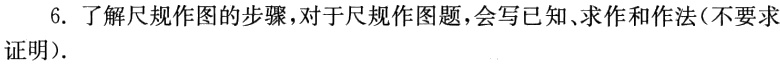
6. 了解尺规作图的步骤，对于尺规作图题，会写已知、求作和作法（不要求证明）.